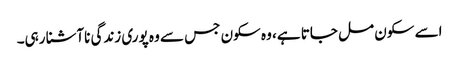
اسے سکون مل جاتا ہے، وہ سکون جس سے وہ پوری زندگی ناآشنا رہی۔